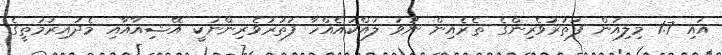
އައި 1.7 މިލިއަން ފަތުރުވެރިންގެ ތެރެއިން ނުވަ ލައްކައެއްހާ ފަތުރުވެރިންނަކީ އޭޝިއާއާއި މެދުއިރުމަތީގެ